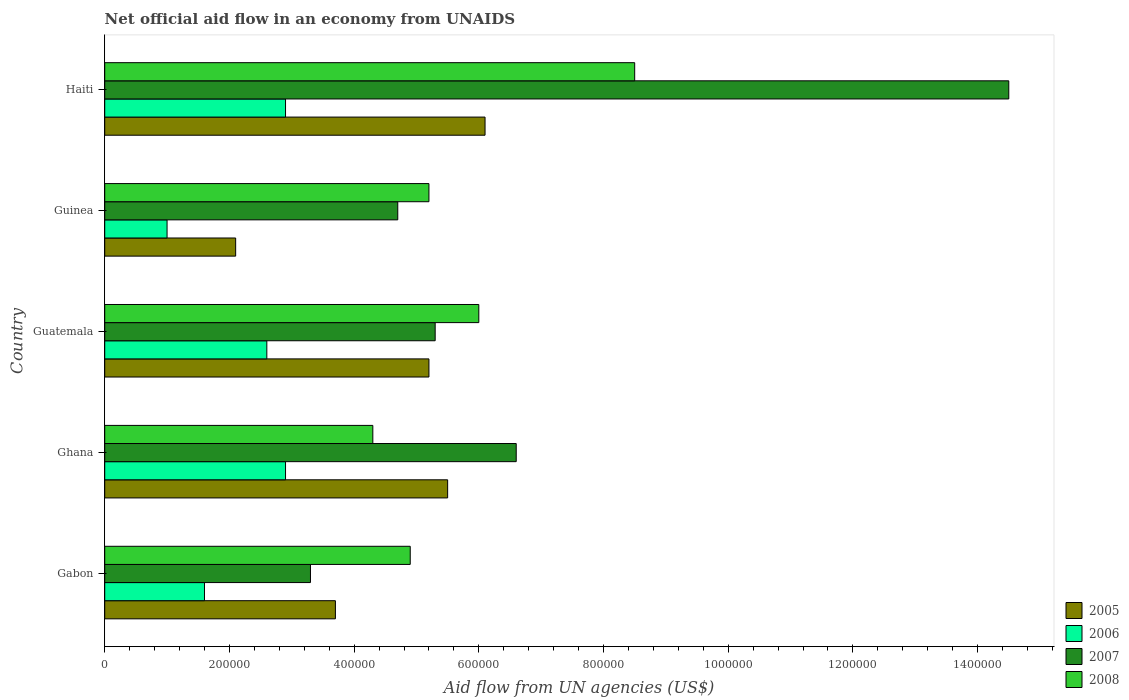
| Country | 2005 | 2006 | 2007 | 2008 |
 | --- | --- | --- | --- | --- |
 | Gabon | 3.7e+05 | 1.6e+05 | 3.3e+05 | 4.9e+05 |
 | Ghana | 5.5e+05 | 2.9e+05 | 6.6e+05 | 4.3e+05 |
 | Guatemala | 5.2e+05 | 2.6e+05 | 5.3e+05 | 6e+05 |
 | Guinea | 2.1e+05 | 1e+05 | 4.7e+05 | 5.2e+05 |
 | Haiti | 6.1e+05 | 2.9e+05 | 1.45e+06 | 8.5e+05 |